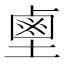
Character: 𪉖